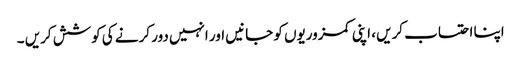
اپنا احتساب کریں ، اپنی کمزوریوں کو جانیں اور انہیں دور کرنے کی کوشش کریں ۔